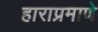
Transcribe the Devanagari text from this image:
हाराप्रमाणे